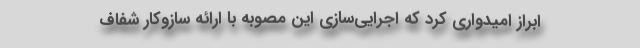
ابراز امیدواری کرد که اجرایی‌سازی این مصوبه با ارائه سازوکار شفاف